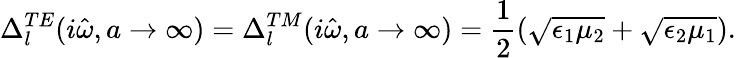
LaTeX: \Delta_{l}^{TE}(i\hat{\omega},a\rightarrow\infty)=\Delta_{l}^{TM}(i\hat{\omega},a\rightarrow\infty)=\frac{1}{2}(\sqrt{\epsilon_{1}\mu_{2}}+\sqrt{\epsilon_{2}\mu_{1}}).